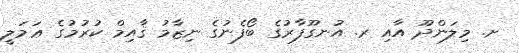
ށ. މިލަންދޫ އާއި ރ. އުނގޫފާރުގެ ބޯފެނުގެ ނިޒާމު ޤާއިމް ކުރުމުގެ ޢަމަލީ